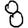
Digit: 8